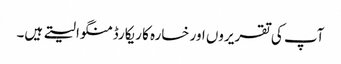
آپ کی تقریروں اور خسارہ کا ریکارڈ منگوا لیتے ہیں۔